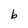
Character: b